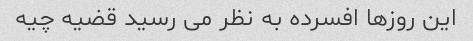
این روزها افسرده به نظر می رسید قضیه چیه